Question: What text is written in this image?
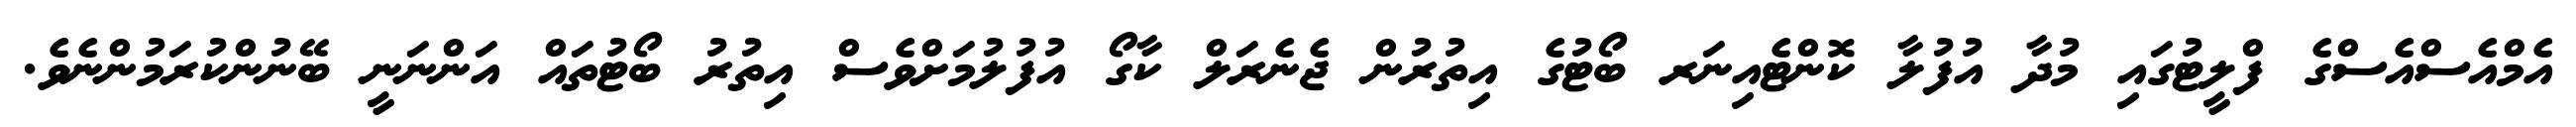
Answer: އެމްއެސްއެސްގެ ފްލީޓުގައި މުދާ އުފުލާ ކޮންޓެއިނަރ ބޯޓުގެ އިތުރުން ޖެނެރަލް ކާގޯ އުފުލުމަށްވެސް އިތުރު ބޯޓުތައް އަންނަނީ ބޭނުންކުރަމުންނެވެ.